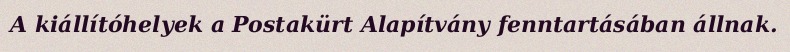
A kiállítóhelyek a Postakürt Alapítvány fenntartásában állnak.